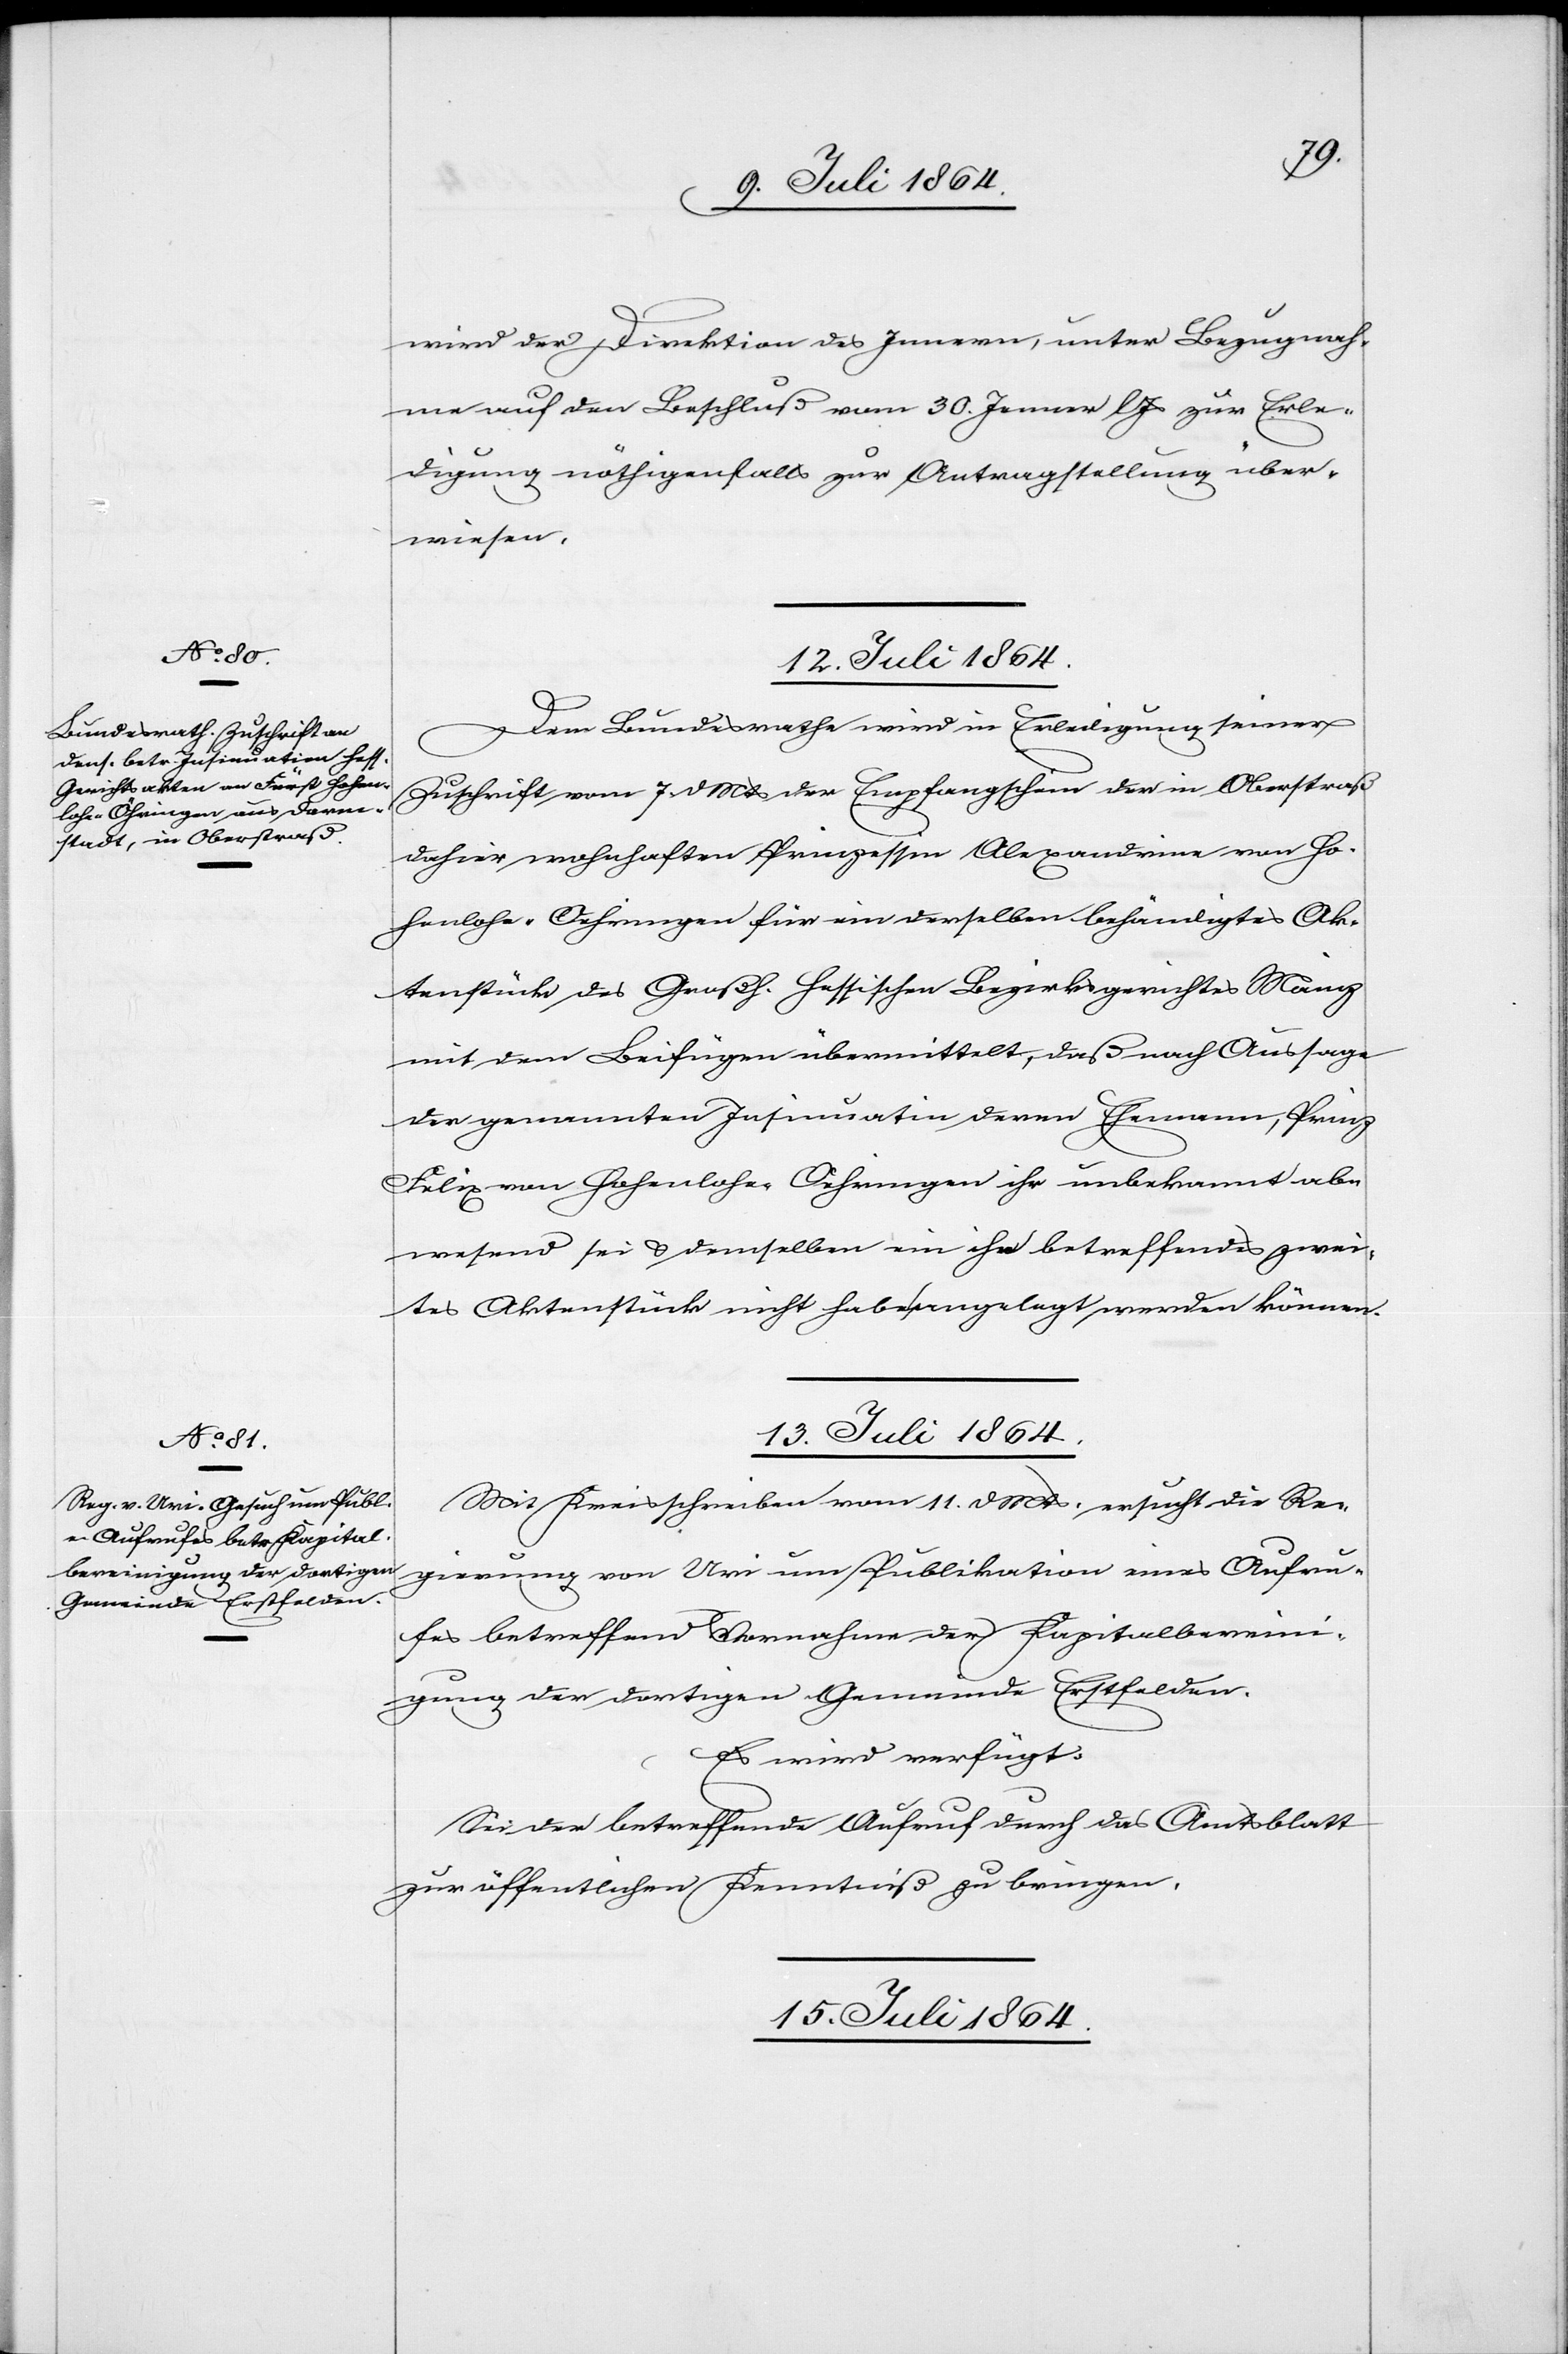
wird der Direktion des Innern, unter Bezugnah¬
me auf den Beschluß vom 30. Jenner l. Js. zur Erle¬
digung[,] nöthigenfalls zur Antragstellung über¬
wiesen.
12. Juli 1864.
Dem Bundesrathe wird in Erledigung seiner
Zuschrift vom 7. d. Mts. der Empfangschein der in Oberstraß
dahier wohnhaften Prinzessin Alexandrina von Ho¬
henlohe-Oehringen für ein derselben behändigtes Ak¬
tenstück des Großh. hessischen Bezirksgerichtes Mainz
mit dem Beifügen übermittelt, daß nach Aussage
der genannten Insinuatin deren Ehemann, Prinz
Felix von Hohenlohe-Oehringen ihr unbekannt ab¬
wesend sei u. demselben ein ihr betreffendes zwei¬
tes Aktenstück nicht habe angelegt werden können.
13. Juli 1864.
Mit Kreisschreiben vom 11. d. Mts. ersucht die Re¬
gierung von Uri um Publikation eines Aufru¬
fes betreffend Vornahme der Kapitalberein¬
igung der dortigen Gemeinde Erstfelden.
Es wird verfügt:
Sei der betreffende Aufruf durch das Amtsblatt
zur öffentlichen Kenntniß zu bringen.
15. Juli 1864.